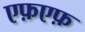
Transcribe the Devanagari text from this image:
एफ़एफ़